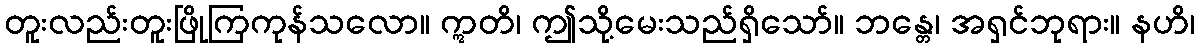
တူးလည်းတူးဖြိုကြကုန်သလော။ ဣတိ၊ ဤသို့မေးသည်ရှိသော်။ ဘန္တေ၊ အရှင်ဘုရား။ နဟိ၊